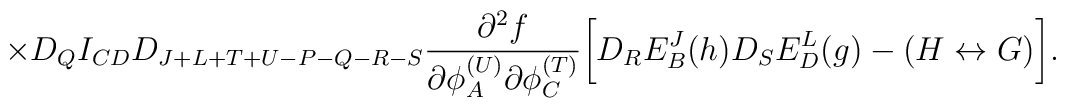
\times D_QI_{CD}D_{J+L+T+U-P-Q-R-S}{{\partial^2 f} \over {\partial \phi_A^{(U)}\partial \phi_C^{(T)}}}\biggl[ D_RE^J_B(h)D_SE^L_D(g)-(H \leftrightarrow G)\biggr] .